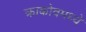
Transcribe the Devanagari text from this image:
क्राकोवमध्ये